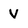
Character: V